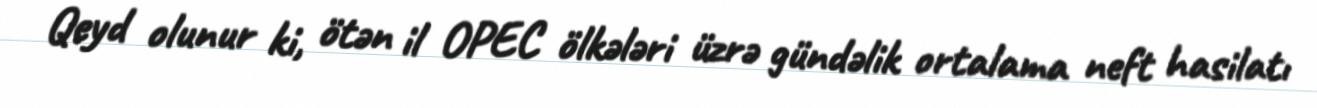
Qeyd olunur ki, ötən il OPEC ölkələri üzrə gündəlik ortalama neft hasilatı